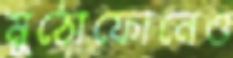
মুঠোফোনেও